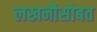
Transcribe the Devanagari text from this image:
लखनौसोबत